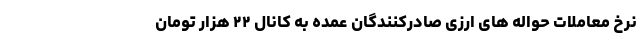
نرخ معاملات حواله های ارزی صادرکنندگان عمده به کانال ۲۲ هزار تومان